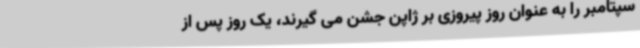
سپتامبر را به عنوان روز پیروزی بر ژاپن جشن می گیرند، یک روز پس از